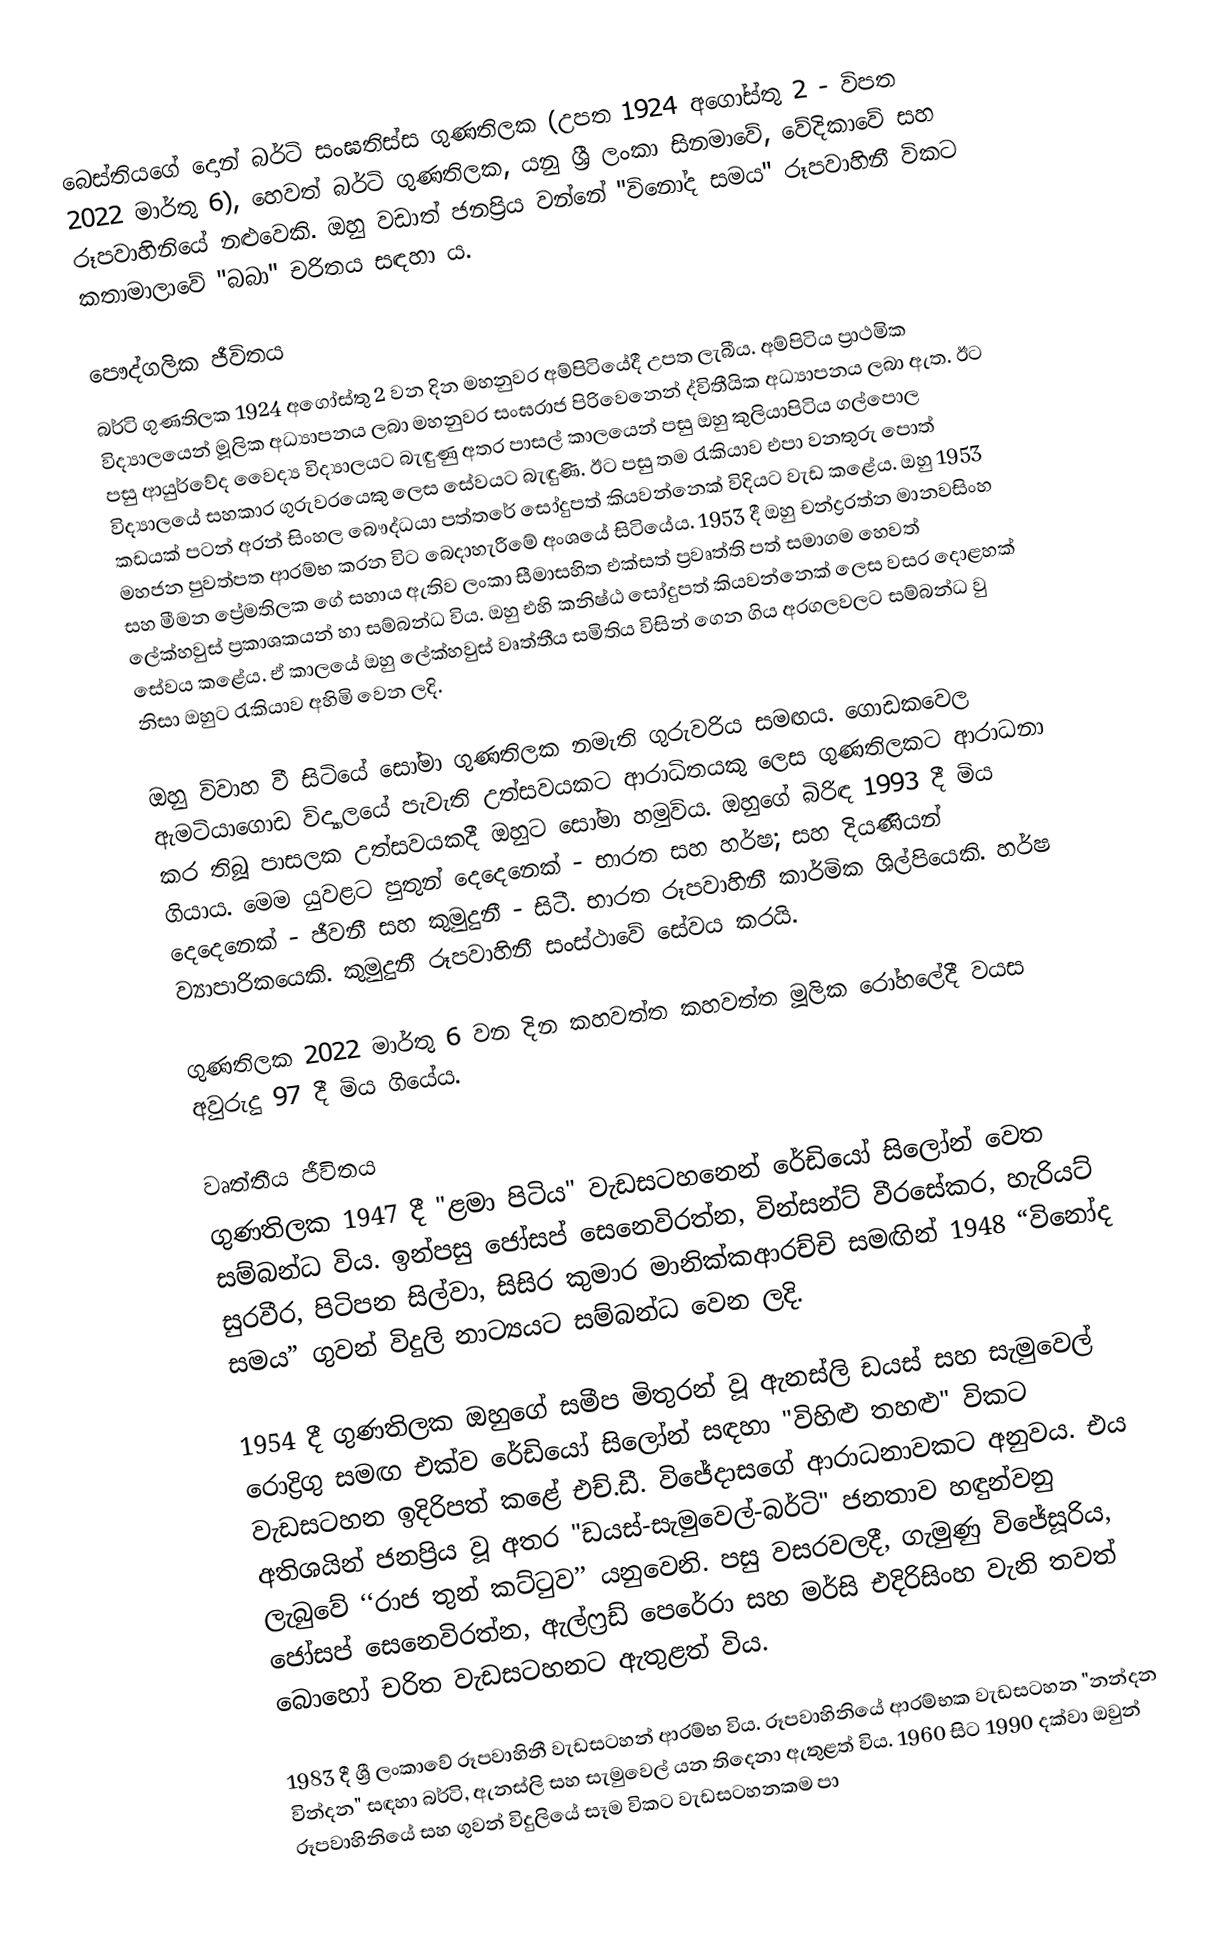
බෙස්තියගේ දොන් බර්ටි සංඝතිස්ස ගුණතිලක (උපත 1924 අගෝස්තු 2 - විපත 2022 මාර්තු 6), හෙවත් බර්ටි ගුණතිලක, යනු ශ්‍රී ලංකා සිනමාවේ, වේදිකාවේ සහ රූපවාහිනියේ නළුවෙකි. ඔහු වඩාත් ජනප්‍රිය වන්නේ "විනෝද සමය" රූපවාහිනී විකට කතාමාලාවේ "බබා" චරිතය සඳහා ය.

පෞද්ගලික ජීවිතය
බර්ටි ගුණතිලක 1924 අගෝස්තු 2 වන දින මහනුවර අම්පිටියේදී උපත ලැබීය. අම්පිටිය ප්‍රාථමික විද්‍යාලයෙන් මූලික අධ්‍යාපනය ලබා මහනුවර සංඝරාජ පිරිවෙනෙන් ද්විතීයික අධ්‍යාපනය ලබා ඇත. ඊට පසු ආයුර්වේද වෛද්‍ය විද්‍යාලයට බැඳුණු අතර පාසල් කාලයෙන් පසු ඔහු කුලියාපිටිය ගල්පොල විද්‍යාලයේ සහකාර ගුරුවරයෙකු ලෙස සේවයට බැඳුණි. ඊට පසු තම ‍රැකියාව එපා වනතුරු පොත් කඩයක් පටන් අරන් සිංහල බෞද්ධයා පත්තරේ සෝදුපත් කියවන්නෙක් විදියට වැඩ කළේය. ඔහු 1953 මහජන පුවත්පත ආරම්භ කරන විට බෙදාහැරීමේ අංශයේ සිටියේය. 1953 දී ඔහු චන්ද්‍රරත්න මානවසිංහ සහ මීමන ප්‍රේමතිලක ගේ සහාය ඇතිව ලංකා සීමාසහිත එක්සත් ප්‍රවෘත්ති පත්‍ සමාගම හෙවත් ලේක්හවුස් ප්‍රකාශකයන් හා සම්බන්ධ විය. ඔහු එහි කනිෂ්ඨ සෝදුපත් කියවන්නෙක් ලෙස වසර දොළහක් සේවය කළේය. ඒ කාලයේ ඔහු ලේක්හවුස් වෘත්තීය සමිතිය විසින් ගෙන ගිය අරගලවලට සම්බන්ධ වු නිසා ඔහුට රැකියාව අහිමි වෙන ලදි.

ඔහු විවාහ වී සිටියේ සෝමා ගුණතිලක නමැති ගුරුවරිය සමඟය. ගොඩකවෙල ඇමටියාගොඩ විද්‍යාලයේ පැවැති උත්සවයකට ආරාධිතයකු ලෙස ගුණතිලකට ආරාධනා කර තිබූ පාසලක උත්සවයකදී ඔහුට සෝමා හමුවිය. ඔහුගේ බිරිඳ 1993 දී මිය ගියාය. මෙම යුවළට පුතුන් දෙදෙනෙක් - භාරත සහ හර්ෂ; සහ දියණියන් දෙදෙනෙක් - ජීවනී සහ කුමුදුනී - සිටී. භාරත රූපවාහිනී කාර්මික ශිල්පියෙකි. හර්ෂ ව්‍යාපාරිකයෙකි. කුමුදුනී රූපවාහිනී සංස්ථාවේ සේවය කරයි.

ගුණතිලක 2022 මාර්තු 6 වන දින කහවත්ත කහවත්ත මූලික රෝහලේදී වයස අවුරුදු 97 දී මිය ගියේය.

වෘත්තීය ජීවිතය
ගුණතිලක 1947 දී "ළමා පිටිය" වැඩසටහනෙන් රේඩියෝ සිලෝන් වෙත සම්බන්ධ විය. ඉන්පසු ජෝසප් සෙනෙවිරත්න, වින්සන්ට් වීරසේකර, හැරියට් සුරවීර, පිටිපන සිල්වා, සිසිර කුමාර මානික්කආරච්චි සමඟින් 1948 “විනෝද සමය” ගුවන් විදුලි නාට්‍යයට සම්බන්ධ වෙන ලදි.

1954 දී ගුණතිලක ඔහුගේ සමීප මිතුරන් වූ ඇනස්ලි ඩයස් සහ සැමුවෙල් රොද්‍රිගු සමඟ එක්ව රේඩියෝ සිලෝන් සඳහා "විහිළු තහළු" විකට වැඩසටහන ඉදිරිපත් කළේ එච්.ඩී. විජේදාසගේ ආරාධනාවකට අනුවය. එය අතිශයින් ජනප්‍රිය වූ අතර "ඩයස්-සැමුවෙල්-බර්ටි" ජනතාව හඳුන්වනු ලැබුවේ ‘‘රාජ තුන් කට්ටුව’’ යනුවෙනි. පසු වසරවලදී, ගැමුණු විජේසූරිය, ජෝසප් සෙනෙවිරත්න, ඇල්ෆ්‍රඩ් පෙරේරා සහ මර්සි එදිරිසිංහ වැනි තවත් බොහෝ චරිත වැඩසටහනට ඇතුළත් විය.

1983 දී ශ්‍රී ලංකාවේ රූපවාහිනී වැඩසටහන් ආරම්භ විය. රූපවාහිනියේ ආරම්භක වැඩසටහන "නන්දන වින්දන" සඳහා බර්ටි, ඇනස්ලි සහ සැමුවෙල් යන තිදෙනා ඇතුළත් විය. 1960 සිට 1990 දක්වා ඔවුන් රූපවාහිනියේ සහ ගුවන් විදුලියේ සෑම විකට වැඩසටහනකම පා